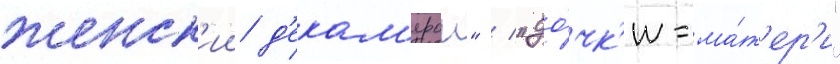
женск'ии д'екам'ерон" / "до́чк'и-ма́т'ер'и"